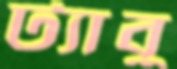
ট্যাবু